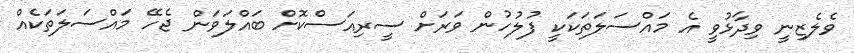
ވެލެޒިނީ ވިދާޅުވީ އެ މައްސަލަތަކަކީ ފުލުހުން ވަރަށް ސީރިއަސްކޮށް ބައްލަވަން ޖެހޭ މައްސަލަތަކެއް